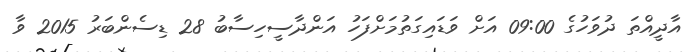
އާދީއްތަ ދުވަހުގެ 09:00 އަށް ވަޑައިގަތުމަށްފަހު އަންދާސީހިސާބު 28 ޑިސެންބަރު 2015 ވާ